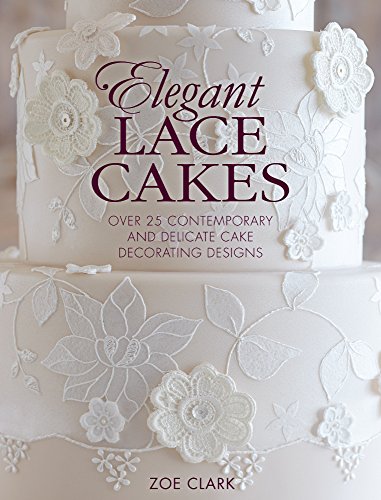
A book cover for Elegant Lace Cakes: 30 Delicate Cake Decorating Designs for Contemporary Lace Cakes; Zoe Clark; Cookbooks, Food & Wine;